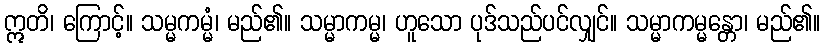
ဣတိ၊ ကြောင့်။ သမ္မကမ္မံ၊ မည်၏။ သမ္မာကမ္မ၊ ဟူသော ပုဒ်သည်ပင်လျှင်။ သမ္မာကမ္မန္တော၊ မည်၏။